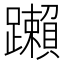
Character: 䠭